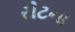
રીટના